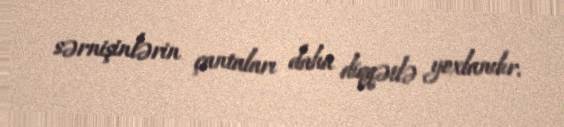
sərnişinlərin çantaları daha diqqətlə yoxlanılır.